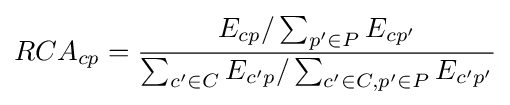
RCA_{cp}={\frac {E_{cp}/\sum _{p'\in P}E_{cp'}}{\sum _{c'\in C}E_{c'p}/\sum _{c'\in C,p'\in P}E_{c'p'}}}